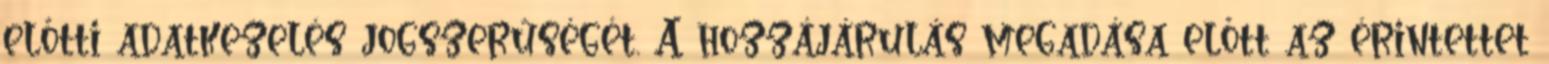
előtti adatkezelés jogszerűségét. A hozzájárulás megadása előtt az érintettet